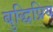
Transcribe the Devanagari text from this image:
बुद्धिप्रिय